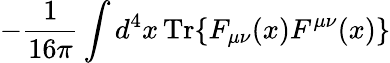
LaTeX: -\frac{1}{16\pi}\int d^{4}x\, \mathrm{Tr}\{ F_{\mu\nu}(x)F^{\mu\nu}(x)\}